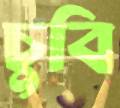
চুবি